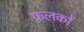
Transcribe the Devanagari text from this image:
फ़लकों